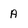
Character: A